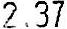
2.37